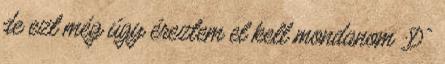
de ezt még úgy éreztem el kell mondanom :D”